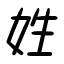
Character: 姓